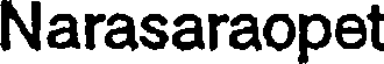
Narasaraopet